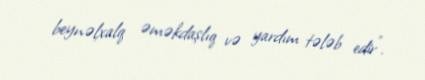
beynəlxalq əməkdaşlıq və yardım tələb edir".